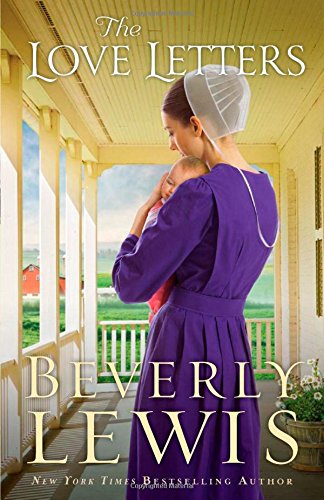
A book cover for The Love Letters; Beverly Lewis; Romance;